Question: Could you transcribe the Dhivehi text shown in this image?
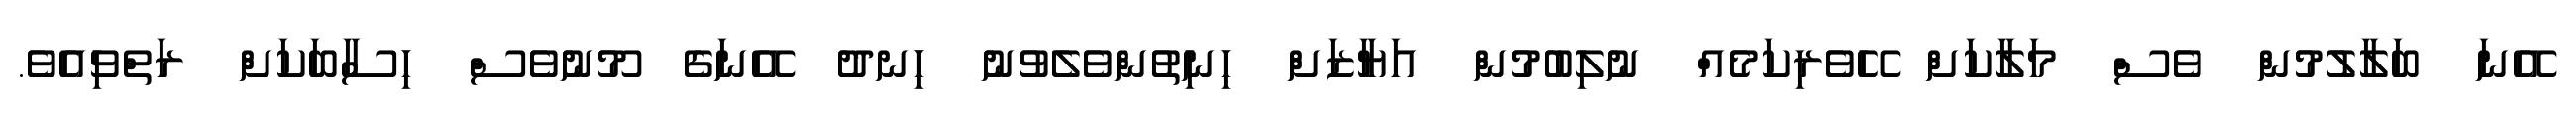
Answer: އޭނަ ބަލާލުމުން ވެސް މަލާކަށް ހޭވެރިކަމެއް ނުލިބުމުން އަޔާޒަށް ހިނިތުންވެލެވުނު ހިނދު އޭނަގެ މޫނުވެސް ހިސާބަކަށް ރަތްވިއެވެ.